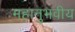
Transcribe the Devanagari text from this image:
महानुभवीय